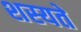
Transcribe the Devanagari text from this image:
शस्यते